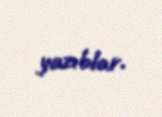
yazıblar.